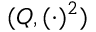
( Q , ( \cdot ) ^ { 2 } )